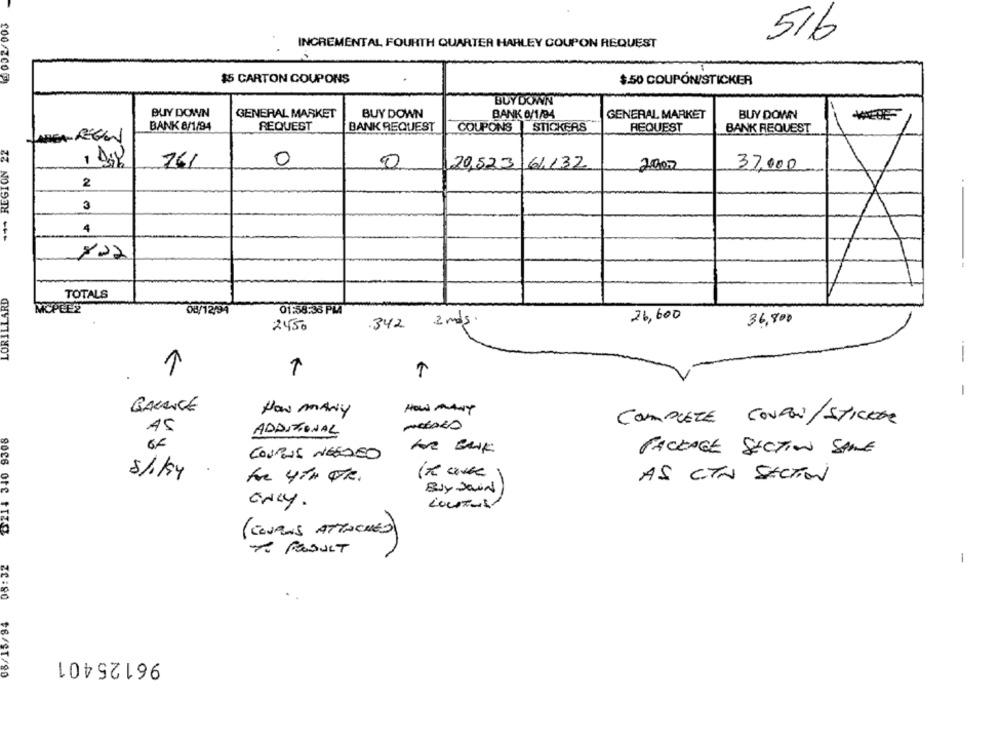
516
INCREMENTAL FOURTH QUARTER HARLEY COUPON REQUEST
$00/2000
$5 CARTON COUPONS
$.50 COUPÓN/STICKER
BUY DOWN"
BUY DOWN
GENERAL MARKET
BUY DOWN
BANK 6/1/94
GENERAL MARKET
BUY DOWN
BANK 8/1/94
REQUEST
BANK REQUEST
COUPONS | STICKERS
REQUEST
BANK REQUEST
HEA-REGEN
*** REGION 22
761
0
0
20,523 61.132
2000
37,000
2
3
4
822
LORILLARD
TOTALS
MCPEL2
08/12/94
01:58:35 PM
26,600
36,800
2450
342
2 mg.
1
-
BALANCE
How MANY
HOW MANY
COMPLETE COUPON/STICKER
D211 340 9308
AS
ADDITIONAL
PACKAGE SECTION SAME
COURUS NEEDED
5/1/94
the 4TH QFR.
AS CIN SECTION
Buy Java
only.
LouTus
(CONQUIS ATTACHES)
* RESULT
08:32
1
08/15/84
96125401